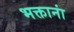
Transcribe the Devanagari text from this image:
भक्तानां